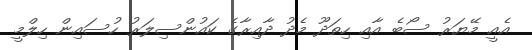
އެއީ މޭޔަރު ސޯބެ އާއި ހިތަދޫ މެދު ދާއިރާގެ ކައުންސިލަރު ހުސައިން ހިލްމީ